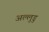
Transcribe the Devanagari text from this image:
अल्लुडु